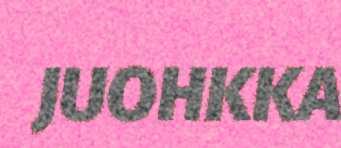
JUOHKKA